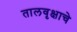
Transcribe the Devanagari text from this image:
तालवृक्षाचे